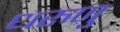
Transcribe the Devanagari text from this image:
धरुणु